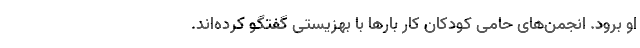
او برود. انجمن‌های حامی کودکان کار بارها با بهزیستی گفتگو کرده‌اند.